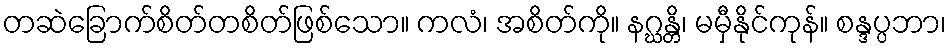
တဆဲခြောက်စိတ်တစိတ်ဖြစ်သော။ ကလံ၊ အစိတ်ကို။ နဂ္ဃန္တိ၊ မမှီနိုင်ကုန်။ စန္ဒပ္ပဘာ၊